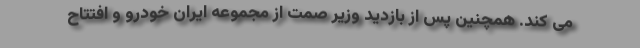
می کند. همچنین پس از بازدید وزیر صمت از مجموعه ایران خودرو و افتتاح